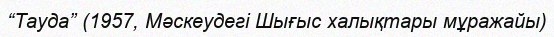
“Тауда” (1957, Мәскеудегі Шығыс халықтары мұражайы)